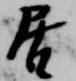
居